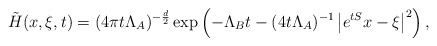
\begin{align*} \tilde{H}(x,\xi,t)=(4\pi t \Lambda_A)^{-\frac{d}{2}}\exp\left(-\Lambda_Bt-(4t\Lambda_A)^{-1}\left|e^{tS}x-\xi\right|^2\right), \end{align*}